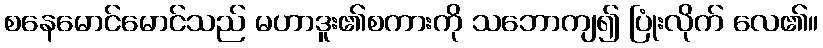
စနေမောင်မောင်သည် မဟာဒူး၏စကားကို သဘောကျ၍ ပြုံးလိုက် လေ၏။